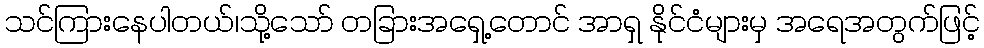
သင်ကြားနေပါတယ်၊သို့သော် တခြားအရှေ့တောင် အာရှ နိုင်ငံများမှ အရေအတွက်ဖြင့်